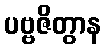
ပဗ္ဗဇိတွာန